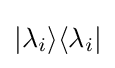
|\lambda _{i}\rangle \langle \lambda _{i}|